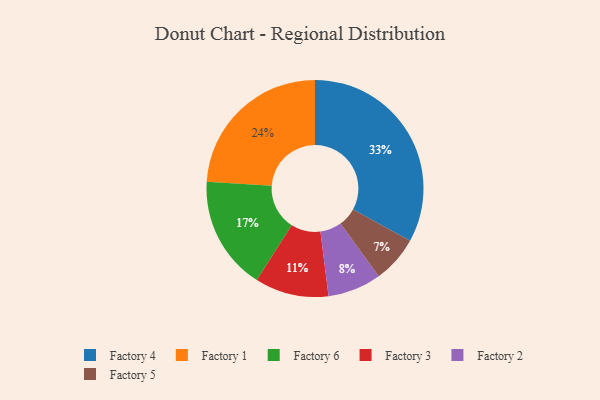
{"axis": {"x": "Category", "y": "Percentage"}, "legend": ["Factory 1", "Factory 2", "Factory 3", "Factory 4", "Factory 5", "Factory 6"], "data": [{"x": "Factory 4", "y": 33, "type": "Factory 4"}, {"x": "Factory 1", "y": 24, "type": "Factory 1"}, {"x": "Factory 5", "y": 7, "type": "Factory 5"}, {"x": "Factory 6", "y": 17, "type": "Factory 6"}, {"x": "Factory 3", "y": 11, "type": "Factory 3"}, {"x": "Factory 2", "y": 8, "type": "Factory 2"}]}